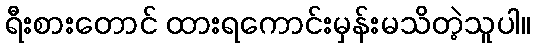
ရီးစားတောင် ထားရကောင်းမှန်းမသိတဲ့သူပါ။